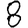
Digit: 8